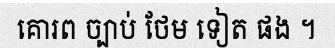
គោរព ច្បាប់ ថែម ទៀត ផង ។